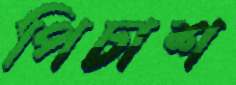
পিচাশ